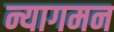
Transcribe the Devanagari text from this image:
न्यागमन